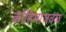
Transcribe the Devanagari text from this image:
कोहिमाजवळ